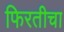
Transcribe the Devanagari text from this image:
फिरतीचा